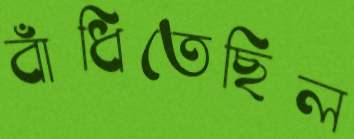
বাঁধিতেছিল